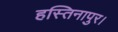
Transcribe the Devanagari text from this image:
हस्तिनापुर।